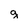
Character: g